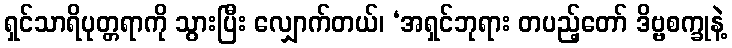
ရှင်သာရိပုတ္တရာကို သွားပြီး လျှောက်တယ်၊ ‘အရှင်ဘုရား တပည့်တော် ဒိဗ္ဗစက္ခုနဲ့